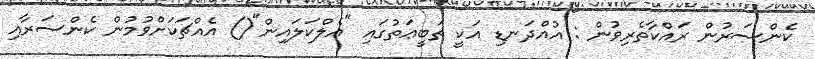
ކެންސަރުން ރައްކާތެރިވުން : އުއްދަނޑި އަކީ ތަބީޢަތުގައި "އެލްކަލައިން"() އެއްޗަކަށްވުމުން ކެންސަރާއި